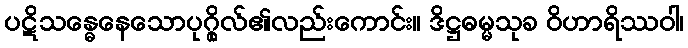
ပဋိသန္ဓေနေသောပုဂ္ဂိုလ်၏လည်းကောင်း။ ဒိဋ္ဌဓမ္မသုခ ဝိဟာရိဿဝါ၊